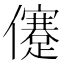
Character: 𠐻